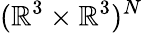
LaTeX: (\mathbb{R}^{3}\times\mathbb{R}^{3})^{N}